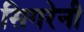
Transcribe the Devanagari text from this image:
सिगरेनी